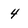
Character: 4